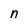
Character: n